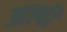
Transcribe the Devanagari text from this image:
आल्फी